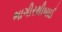
ભાગીરથીબાઈ